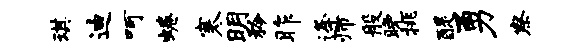
琪迪呵蜷寒明矜昨逄师般晚挑醍勇察